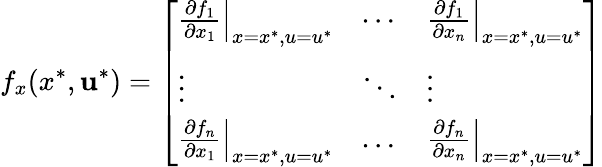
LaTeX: f_{x}(x^{*},\mathbf{u}^{*})={\left[\begin{array}{lll}{\left.{\frac{\partial f_{1}}{\partial x_{1}}}\right|_{x=x^{*},u=u^{*}}}&{\cdots}&{\left.{\frac{\partial f_{1}}{\partial x_{n}}}\right|_{x=x^{*},u=u^{*}}}\\ {\vdots}&{\ddots}&{\vdots}\\ {\left.{\frac{\partial f_{n}}{\partial x_{1}}}\right|_{x=x^{*},u=u^{*}}}&{\ldots}&{\left.{\frac{\partial f_{n}}{\partial x_{n}}}\right|_{x=x^{*},u=u^{*}}}\end{array}\right]}